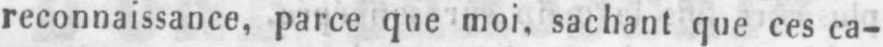
reconnaissance, parce que moi, sachant que ces ca-